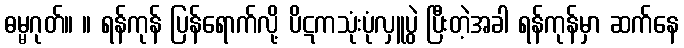
ဓမ္မဂုတ်။ ။ ရန်ကုန် ပြန်ရောက်လို့ ပိဋကသုံးပုံလှူပွဲ ပြီးတဲ့အခါ ရန်ကုန်မှာ ဆက်နေ